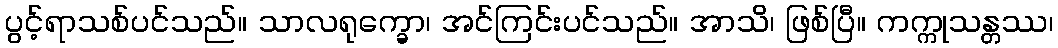
ပွင့်ရာသစ်ပင်သည်။ သာလရုက္ခော၊ အင်ကြင်းပင်သည်။ အာသိ၊ ဖြစ်ပြီ။ ကက္ကုသန္တဿ၊